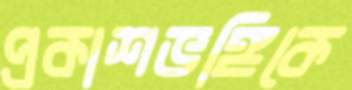
প্রকাশভঙ্গিকে